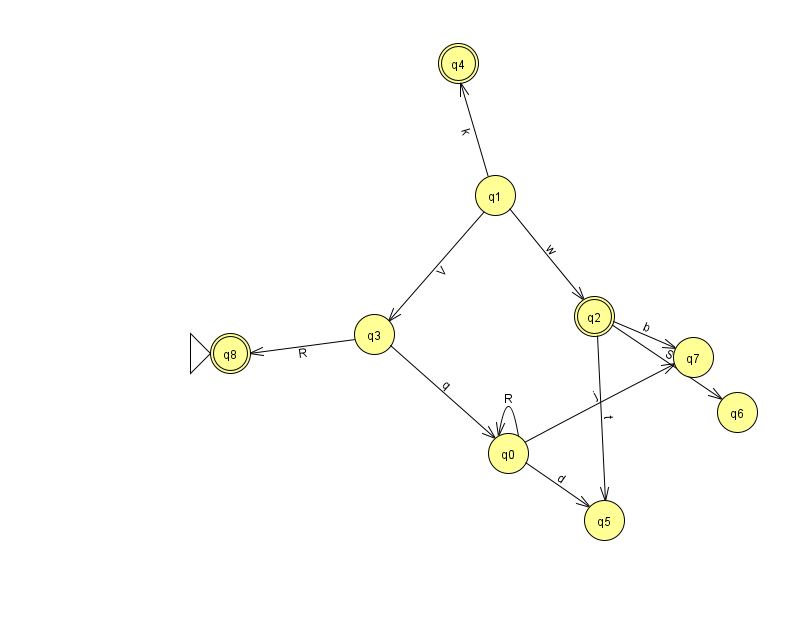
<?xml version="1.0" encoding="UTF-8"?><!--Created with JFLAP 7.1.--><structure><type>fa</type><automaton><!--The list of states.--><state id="0" name="q0"><x>508.0</x><y>440.0</y></state><state id="1" name="q1"><x>495.0</x><y>182.0</y></state><state id="2" name="q2"><x>594.0</x><y>303.0</y><final/></state><state id="3" name="q3"><x>374.0</x><y>321.0</y></state><state id="4" name="q4"><x>458.0</x><y>50.0</y><final/></state><state id="5" name="q5"><x>604.0</x><y>507.0</y></state><state id="6" name="q6"><x>737.0</x><y>399.0</y></state><state id="7" name="q7"><x>693.0</x><y>344.0</y></state><state id="8" name="q8"><x>230.0</x><y>340.0</y><initial/><final/></state><!--The list of transitions.--><transition><from>2</from><to>6</to><read>S</read></transition><transition><from>0</from><to>5</to><read>d</read></transition><transition><from>0</from><to>0</to><read>R</read></transition><transition><from>3</from><to>8</to><read>R</read></transition><transition><from>2</from><to>7</to><read>b</read></transition><transition><from>3</from><to>0</to><read>q</read></transition><transition><from>2</from><to>5</to><read>t</read></transition><transition><from>1</from><to>2</to><read>w</read></transition><transition><from>1</from><to>3</to><read>V</read></transition><transition><from>1</from><to>4</to><read>k</read></transition><transition><from>0</from><to>7</to><read>j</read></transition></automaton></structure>